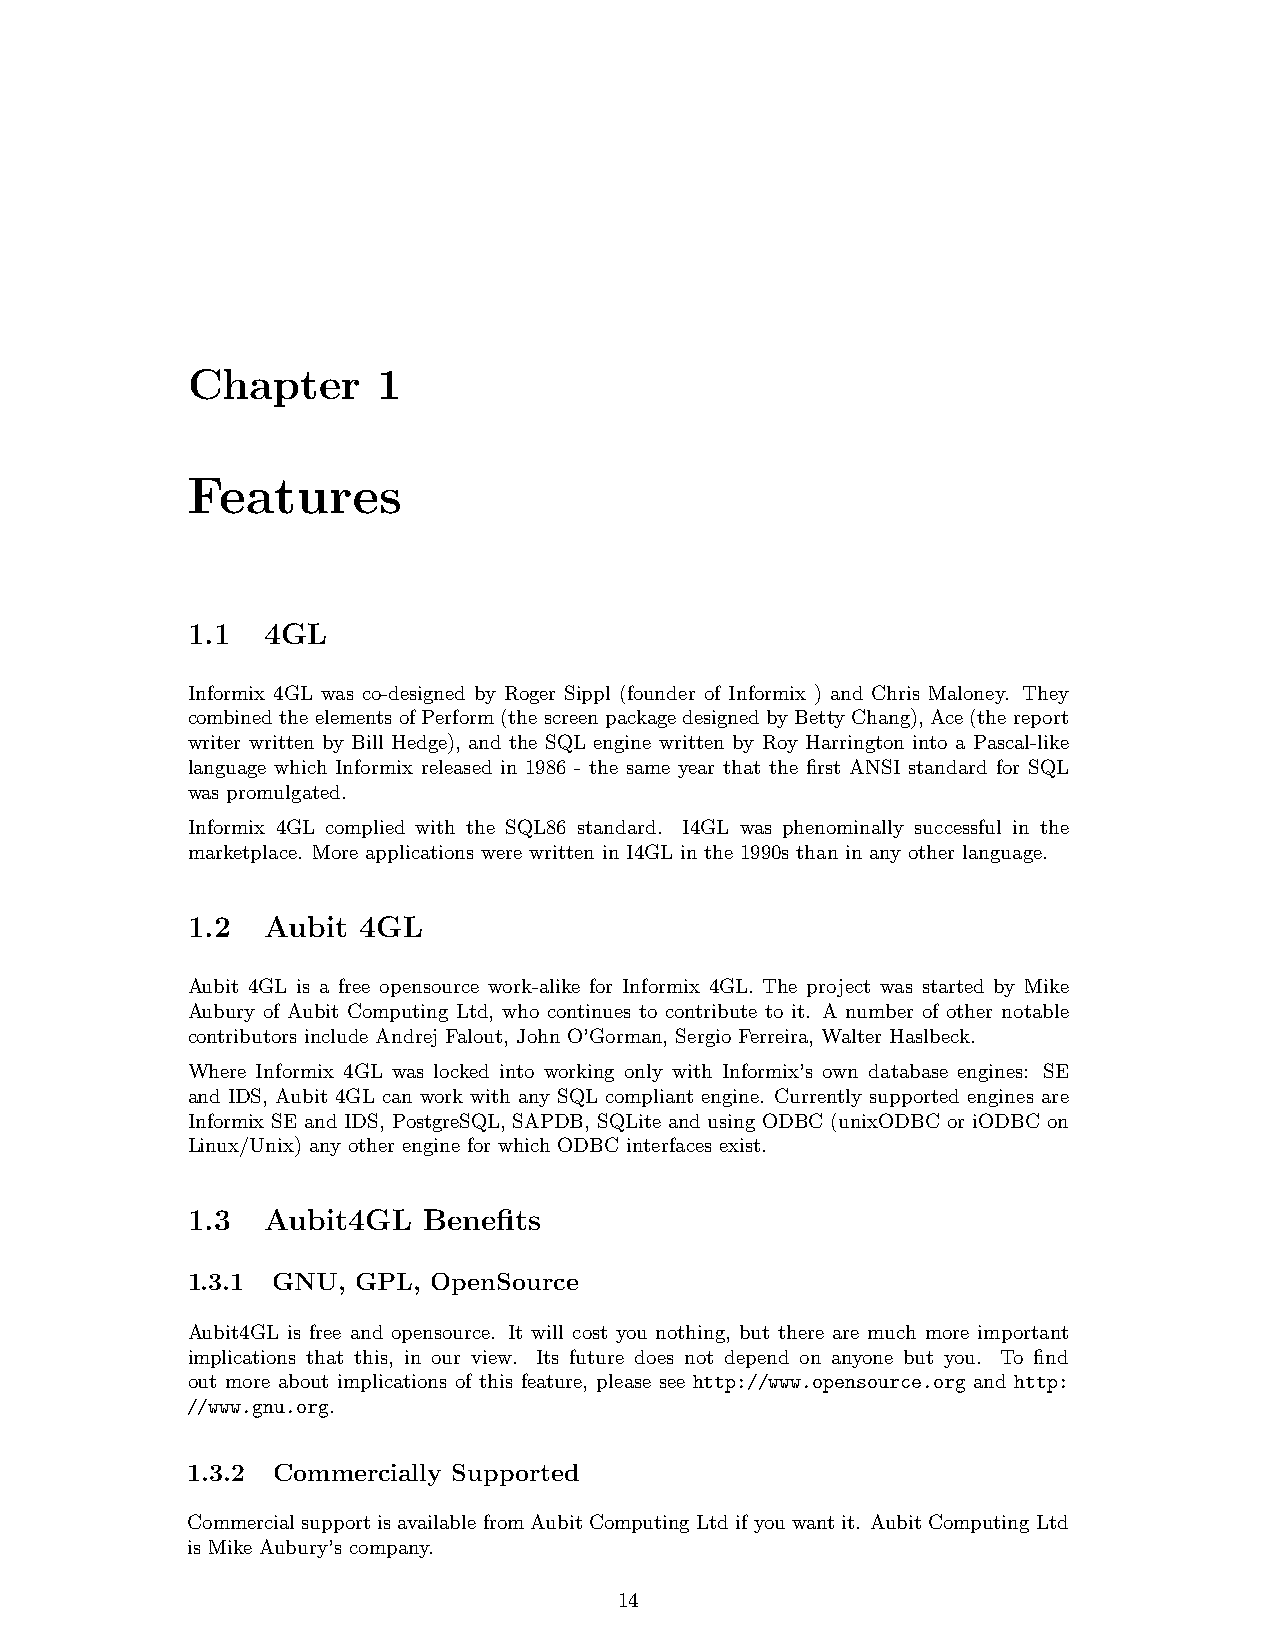
Chapter      1
 Features
 1.1  4GL
 Informix 4GL was co-designed by Roger Sippl (founder of Informix ) and Chris Maloney. They
 combinedtheelementsofPerform(thescreenpackagedesignedbyBettyChang), Ace(thereport
 writer written by Bill Hedge), and the SQL engine written by Roy Harrington into a Pascal-like
 language which Informix released in 1986 - the same year that the first ANSI standard for SQL
 was promulgated.
 Informix 4GL complied with the SQL86 standard. I4GL was phenominally successful in the
 marketplace. More applications were written in I4GL in the 1990s than in any other language.
 1.2  Aubit  4GL
 Aubit 4GL is a free opensource work-alike for Informix 4GL. The project was started by Mike
 Aubury of Aubit Computing Ltd, who continues to contribute to it. A number of other notable
 contributors include Andrej Falout, John O’Gorman, Sergio Ferreira, Walter Haslbeck.
 Where Informix 4GL was locked into working only with Informix’s own database engines: SE
 and IDS, Aubit 4GL can work with any SQL compliant engine. Currently supported engines are
 Informix SE and IDS, PostgreSQL, SAPDB, SQLite and using ODBC (unixODBC or iODBC on
 Linux/Unix) any other engine for which ODBC interfaces exist.
 1.3  Aubit4GL   Benefits
 1.3.1 GNU,  GPL, OpenSource
 Aubit4GL is free and opensource. It will cost you nothing, but there are much more important
 implications that this, in our view. Its future does not depend on anyone but you. To find
 out more about implications of this feature, please see http://www.opensource.org and http:
 //www.gnu.org.
 1.3.2 Commercially Supported
 CommercialsupportisavailablefromAubitComputingLtdifyouwantit. AubitComputingLtd
 is Mike Aubury’s company.
 14